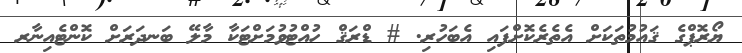
ޔޯރޮޕްގެ ޤައުމުތަކަށް އެތެރެކޮށްފައި އެބަހުރި. # ޑްރަޤް ހުއްޓުވުމަށްޓަކާ މާލޭ ބަނދަރަށް ކޮންޓެއިނާރ